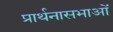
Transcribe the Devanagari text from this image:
प्रार्थनासभाओं